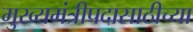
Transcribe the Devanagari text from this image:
मुख्यमंत्रीपदासाठीच्या